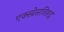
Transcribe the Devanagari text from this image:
एक्स्प्रेसविरुद्ध